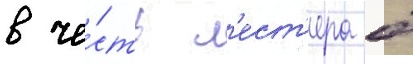
в че́сть л'ест'ера б